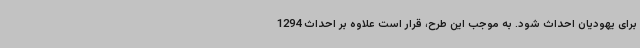
برای یهودیان احداث شود. به موجب این طرح، قرار است علاوه بر احداث 1294